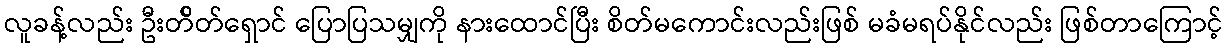
လူခန့်လည်း ဦးတ်ိတ်ရှောင် ပြောပြသမျှကို နားထောင်ပြီး စိတ်မကောင်းလည်းဖြစ် မခံမရပ်နိုင်လည်း ဖြစ်တာကြောင့်